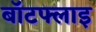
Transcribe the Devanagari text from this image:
बॉटफ्लाइ